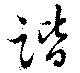
諧